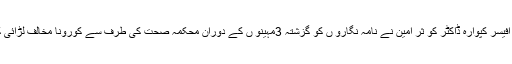
اس بات کااظہارچیف میڈیکل آفیسر کپوارہ ڈاکٹر کو ثر امین نے نامہ نگارو ں کو گزشتہ 3مہینو ں کے دوران محکمہ صحت کی طرف سے کورونا مخالف لڑائی کی تفصیلات دیتے ہوئے کیا۔